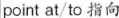
point at/to 指向